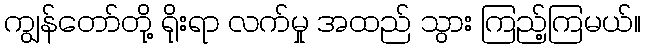
ကျွန်တော်တို့ ရိုးရာ လက်မှု အထည် သွား ကြည့်ကြမယ်။